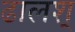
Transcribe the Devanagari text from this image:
ढालश्